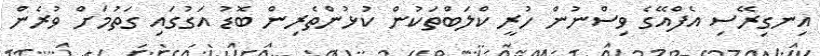
އިނގިރޭސި އެފްއޭގެ ވިސްނުން ހުރީ ކްލަބްތަކުން ކުޅުންތެރިން ބޮޑު އަގުގައި ގަތުމަށް ވުރެން